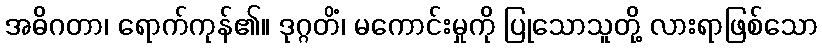
အဓိဂတာ၊ ရောက်ကုန်၏။ ဒုဂ္ဂတိံ၊ မကောင်းမှုကို ပြုသောသူတို့ လားရာဖြစ်သော